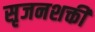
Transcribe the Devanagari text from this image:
सृजनशक्ती